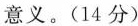
意义。(14分)